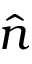
\hat { n }